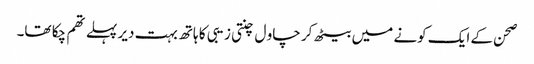
صحن کے ایک کونے میں بیٹھ کر چاو ل چنتی زیبی کا ہاتھ بہت دیر پہلے تھم چکا تھا۔